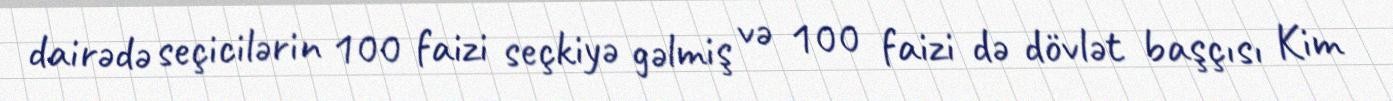
dairədə seçicilərin 100 faizi seçkiyə gəlmiş və 100 faizi də dövlət başçısı Kim